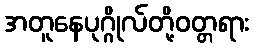
အတူနေပုဂ္ဂိုလ်တို့ဝတ္တရား